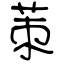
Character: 茦